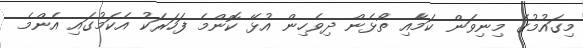
މިގައުމުގެ މިނިވަން ކަމާއި ތޯޅެން ދިވެހިން އުޅޭ ކޮންމެ ފަހަރަކު އެކަމުގައި އެންމެ